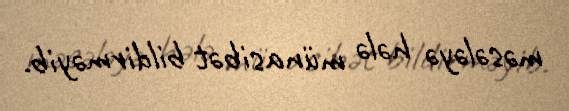
məsələyə hələ münasibət bildirməyib.